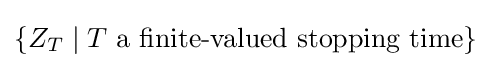
\{Z_{T}\mid T{\text{ a finite-valued stopping time}}\}